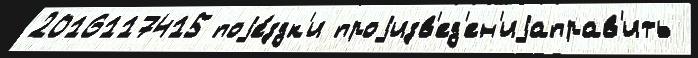
2016117415 поjе́здк'и проjизв'ед'ен'иjаправ'ить